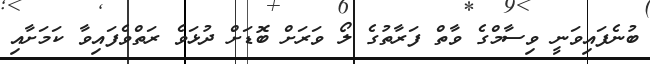
ބުނެފައިވަނީ ވިސާމްގެ ވާތް ފަރާތުގެ ލޯ ވަރަށް ބޮޑަށް ދުޅަވެ ރަތްވެފައިވާ ކަމަށާއި